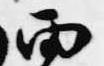
雨